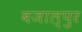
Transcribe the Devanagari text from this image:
बजाल्पुर